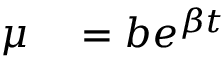
\begin{array} { r l } { \mu } & { { } = b e ^ { \beta t } } \end{array}